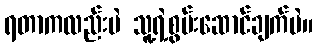
ရတာကလည်းပဲ သူ့ရဲ့စွမ်းဆောင်ချက်ပဲ။